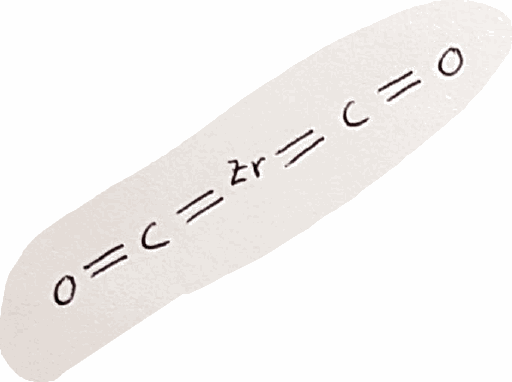
Simplified molecular-input line-entry system (SMILES) notation of the given molecule:
C(=O)=[Zr]=C=O